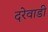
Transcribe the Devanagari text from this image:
दरेवाडी